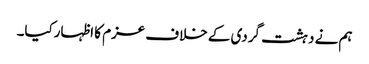
ہم نے دہشت گردی کے خلاف عزم کا اظہارکیا۔